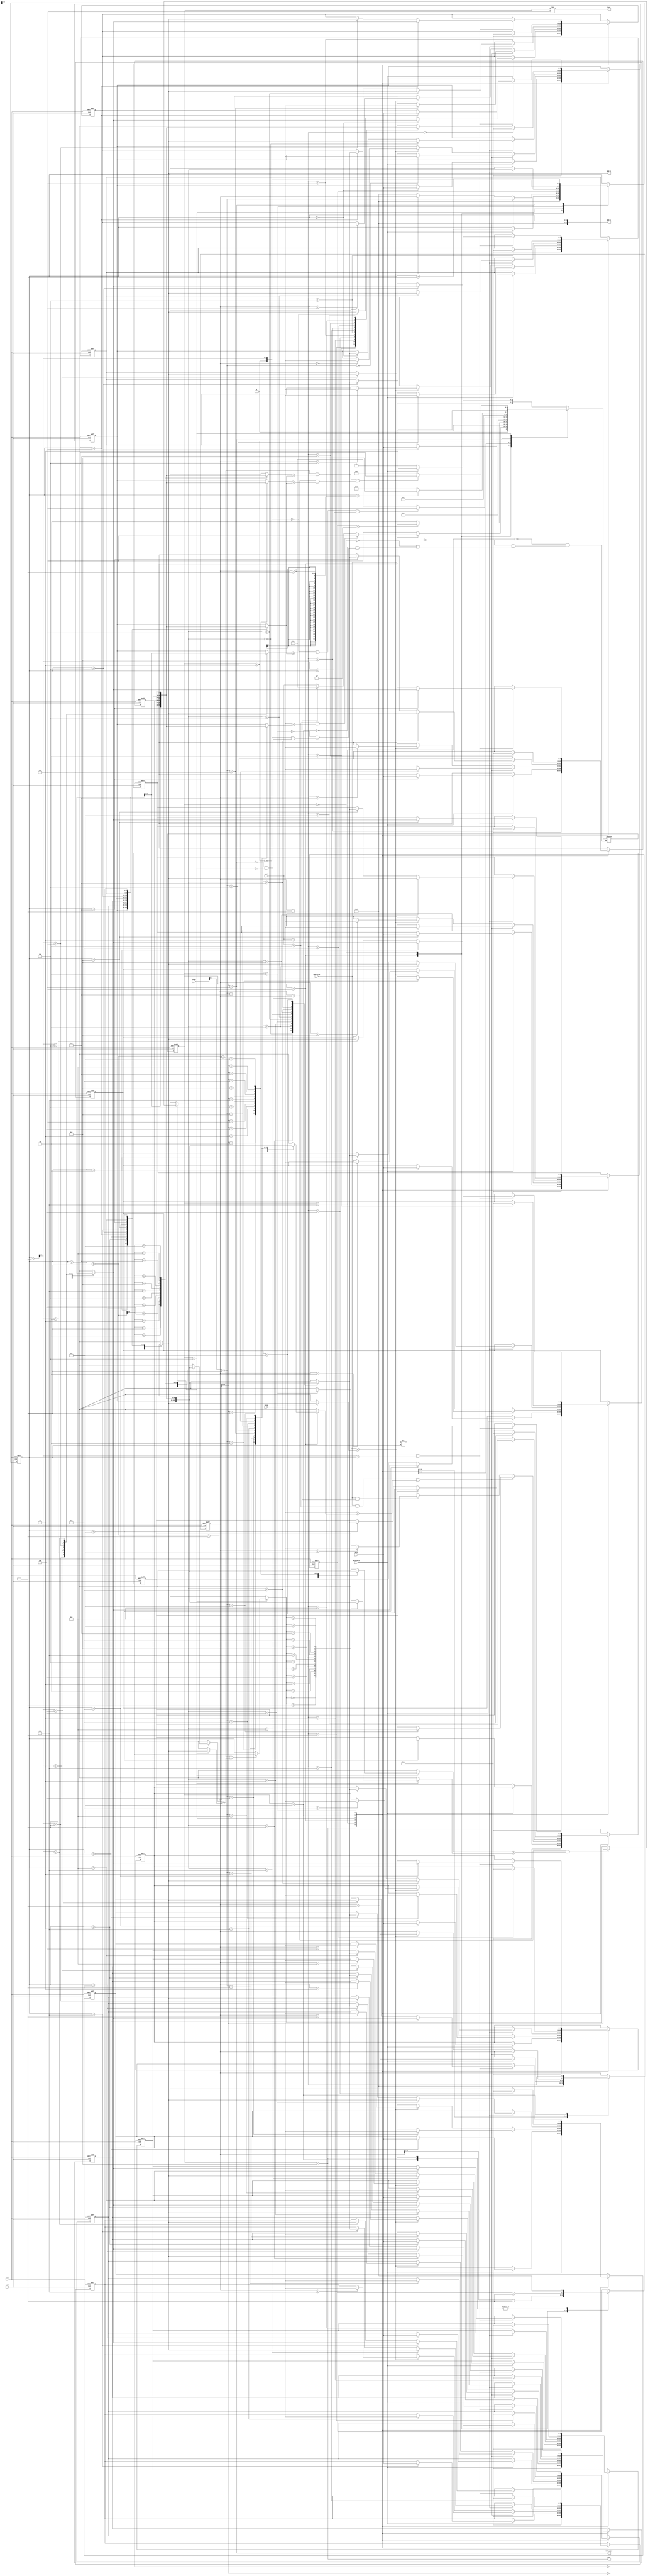
`timescale 1ns/10ps

// 
// Designer: M16121093
//

module MPQ
#(
parameter DATA_WIDTH=8,
parameter MAX_QUEUE_SIZE=13,
parameter INDEX_WIDTH=4
)(
input clk, // positive edge
input rst, // Active-high asynchronous

input data_valid,
input [DATA_WIDTH-1:0] data,

input cmd_valid,
input [2:0] cmd, // cmd_valid:1 busy:0

input [DATA_WIDTH-1:0] index,
input [DATA_WIDTH-1:0] value,

output RAM_valid,
output [DATA_WIDTH-1:0] RAM_A,
output [DATA_WIDTH-1:0] RAM_D,

output busy,
output done
);

// ------------------------
// Parameters
// ------------------------

//* 1. for loop int
integer i;

//* 2. control flags

//* 3. counter, cursor
reg [INDEX_WIDTH-1:0] queue_size;
reg [INDEX_WIDTH-1:0] cursor, pivot;

//* 4. storage
reg [DATA_WIDTH-1:0] MAX_quene [MAX_QUEUE_SIZE-1:0];

//* 5. state
parameter s_build_queue = 4'd0;
parameter s_extract_max = 4'd1;
parameter s_increase_value = 4'd2;
parameter s_insert_data = 4'd3;
parameter s_write = 4'd4;
parameter s_idle = 4'd5;
parameter s_MAX_HEAPIFY = 4'd6;
parameter s_parse = 4'd7;
parameter s_done = 4'd8;

reg [3:0] state, next_state;

//* 6. wire
wire [INDEX_WIDTH-1:0] Parent;
wire [INDEX_WIDTH:0] Left;
wire [INDEX_WIDTH:0] Right;

// ------------------------
// task or function
// ------------------------

task SWAP;
input [INDEX_WIDTH-1:0] index_1;
input [INDEX_WIDTH-1:0] index_2;
reg [DATA_WIDTH-1:0] temp;
begin
    temp = MAX_quene[index_1];
    MAX_quene[index_1] = MAX_quene[index_2];
    MAX_quene[index_2] = temp;
end
endtask

// task MAX_HEAPIFY;
// input reg [DATA_WIDTH-1:0] i;
// reg [DATA_WIDTH-1:0] l, r, max, temp;
// begin
//     l = (i << 1) + 1; // * 2
//     r = i << 1; // * 2

//     if ((l <= quene_cnt) && (MAX_quene[l] > MAX_quene[i])) max = l;
//     else max = i;

//     if ((r <= quene_cnt) && (MAX_quene[r] > MAX_quene[max])) max = r;

//     if (max != i) begin
//         SWAP(max, i);
//         MAX_HEAPIFY(max);
//     end

//     state_done = 1;
// end
// endtask

task MAX_HEAPIFY;
reg [INDEX_WIDTH-1:0] max;
begin
    max = cursor;

    if ((Left < queue_size) && (MAX_quene[Left] > MAX_quene[cursor])) max = Left;
    // else max = cursor;

    if ((Right < queue_size) && (MAX_quene[Right] > MAX_quene[max])) max = Right;

    if (max != cursor) begin
        SWAP(cursor, max);
        cursor = max;
        // MAX_HEAPIFY(max);
    end
end
endtask

// task BUILD_QUEUE;
// begin
//     for (i = (queue_size >> 1); i >= 1; i = i-1) begin
//         MAX_HEAPIFY(i);
//     end

//     state_done = 1;
// end
// endtask

// task EXTRACT_MAX;
// begin
//     // ! 
//     MAX_quene[1] = MAX_quene[queue_size];
//     queue_size = queue_size - 1;
//     MAX_HEAPIFY(1);
// end
// endtask

// task INCREASE_VALUE;
// input [DATA_WIDTH-1:0] i, key;
// reg [DATA_WIDTH-1:0] parent, temp;
// begin
//     if (key >= MAX_quene[i]) begin // ! 
//         // parent
//         if (i == 0) parent = 0;
//         else parent = (i >> 1); // i / 2

//         MAX_quene[i] = key;

//         while (i > 1 && MAX_quene[parent] < MAX_quene[i]) begin
//             SWAP(parent , i);
//             i = parent;
//         end
//     end

//     state_done = 1;
// end
// endtask

task INCREASE_VALUE;
begin
    if(MAX_quene[Parent] < MAX_quene[cursor] && Parent < cursor)
        SWAP(Parent , cursor);
end
endtask

// task WRITE_HEAP;
// begin
//     if(RAM_size < queue_size) begin
//         RAM_A = RAM_size;
//         RAM_D = MAX_quene[RAM_size];

//         RAM_size = RAM_size+1;
//     end
//     else RAM_size = RAM_size;
// end
// endtask

// ------------------------
// assign 
// ------------------------

assign busy = (state != s_idle);
assign done = (state == s_done);

assign Parent = (cursor-1'b1) >> 1 ;
assign Left = cursor + cursor + 1'b1;
assign Right = Left + 1'b1;

assign RAM_valid = (state == s_write);
assign RAM_A     = cursor;
assign RAM_D     = MAX_quene[cursor];

// ------------------------
// state 
// ------------------------

always @(posedge clk or posedge rst) begin
    if(rst) begin 
        state <= s_parse;
        // next_state <= s_parse;
    end
    else state <= next_state;
end

always @* begin
    case(state)
    s_parse : next_state = (data_valid) ? s_parse : s_idle;
    s_idle : begin
        if(cmd_valid) begin
            if(cmd == s_increase_value && value < MAX_quene[index-1'b1])
                next_state = s_idle;
            else if(cmd == s_insert_data) next_state = s_increase_value;  
            else next_state = cmd;
        end
        else next_state = s_idle;  
    end
    s_build_queue : next_state =  (pivot == 4'b1111) ?  s_idle : s_MAX_HEAPIFY; // 0-1 = 15 (overflow)
    s_extract_max : next_state = s_build_queue;
    s_increase_value : next_state = (Parent == 0 || MAX_quene[Parent] >= MAX_quene[cursor] || Parent >= cursor) 
                    ? s_idle : s_increase_value;
    s_insert_data : next_state = s_increase_value;
    s_write : next_state = (cursor == queue_size-1) ? s_done : s_write;
    s_MAX_HEAPIFY : begin 
        if(Left < queue_size && MAX_quene[Left] > MAX_quene[cursor] || Right < queue_size && MAX_quene[Right] > MAX_quene[cursor]) 
            next_state = s_MAX_HEAPIFY;
        else next_state = s_build_queue;
    end
    endcase
end

// ------------------------
// Calculate 
// ------------------------

always @(posedge clk or posedge rst) begin
    if (rst) begin
        queue_size <= 0;
        cursor <= 0;
        pivot <= 0;
        for (i = 0; i < MAX_QUEUE_SIZE; i = i+1) begin
            MAX_quene[i] <= 0;
        end
    end
    else begin
        case(state)
        s_done :  begin
            cursor <= 0; 
            queue_size <= 0;
            pivot <= 0;
            for(i = 0 ; i < MAX_QUEUE_SIZE ; i = i+1) begin
                MAX_quene[i] <= 0;
            end
        end
        s_parse : begin
            if(data_valid) begin 
                // MAX_quene[queue_size] <= data;
                MAX_quene[cursor] <= data;
                queue_size <= queue_size + 1'b1;
                cursor <= cursor + 1'b1;
            end
            // else queue_size <= queue_size;
        end
        s_idle : begin
            pivot <= (queue_size >> 1) - 1'b1;
            if(cmd_valid && cmd == s_increase_value && value >= MAX_quene[index-1'b1]) begin
                MAX_quene[index-1'b1] <= value;
                cursor <= index - 1'b1;
            end
            else if(cmd_valid && cmd == s_insert_data) begin
                MAX_quene[queue_size] <= value;
                cursor <= queue_size;
                queue_size <= queue_size + 1'b1;
            end
            else cursor <= 0;
        end
        s_build_queue : begin
            // BUILD_QUEUE();

            // MAX_HEAPIFY(pivot , queue_size);
            cursor <= pivot;
            pivot <= pivot - 1'b1;
        end
        s_MAX_HEAPIFY : MAX_HEAPIFY();
        s_extract_max : begin
            // EXTRACT_MAX();

            SWAP(0, queue_size-1'b1);
            MAX_quene[queue_size-1'b1] <= 0;
            queue_size <= queue_size - 1'b1;
            pivot <= 0;
            // MAX_HEAPIFY(0, queue_size-1);
        end
        s_increase_value : begin // s_insert_data
            // INCREASE_VALUE(index, value)
            INCREASE_VALUE();
            cursor <= (cursor-1'b1) >> 1;
        end
        s_write: begin
            // WRITE_HEAP();
            cursor <= cursor + 1'b1;
        end
        endcase
    end
end

endmodule